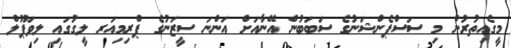
މީގެއިތުރުން މި ސަސްޕެންޝަނުގެ ސަބަބުން އޭނާއަށް އަންނަ ސީޒަނުގެ ޕްރިމިއަރ ލީގުގައި ލިވަޕޫލް